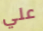
علي